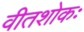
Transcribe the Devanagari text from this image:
वीतशोकः